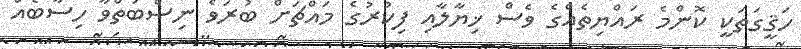
ހަޤީގަތަކީ ކޮންމެ ރައްޔިތެއްގެ ވެސް ޚިޔާލާއި ފިކުރުގެ މައްޗަށް ބުރަވެ ނިސްބަތްވާ ހިސާބެއް